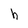
Character: h